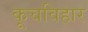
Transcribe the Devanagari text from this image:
कूचविहार